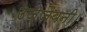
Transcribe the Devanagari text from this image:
उज्जैयनी।